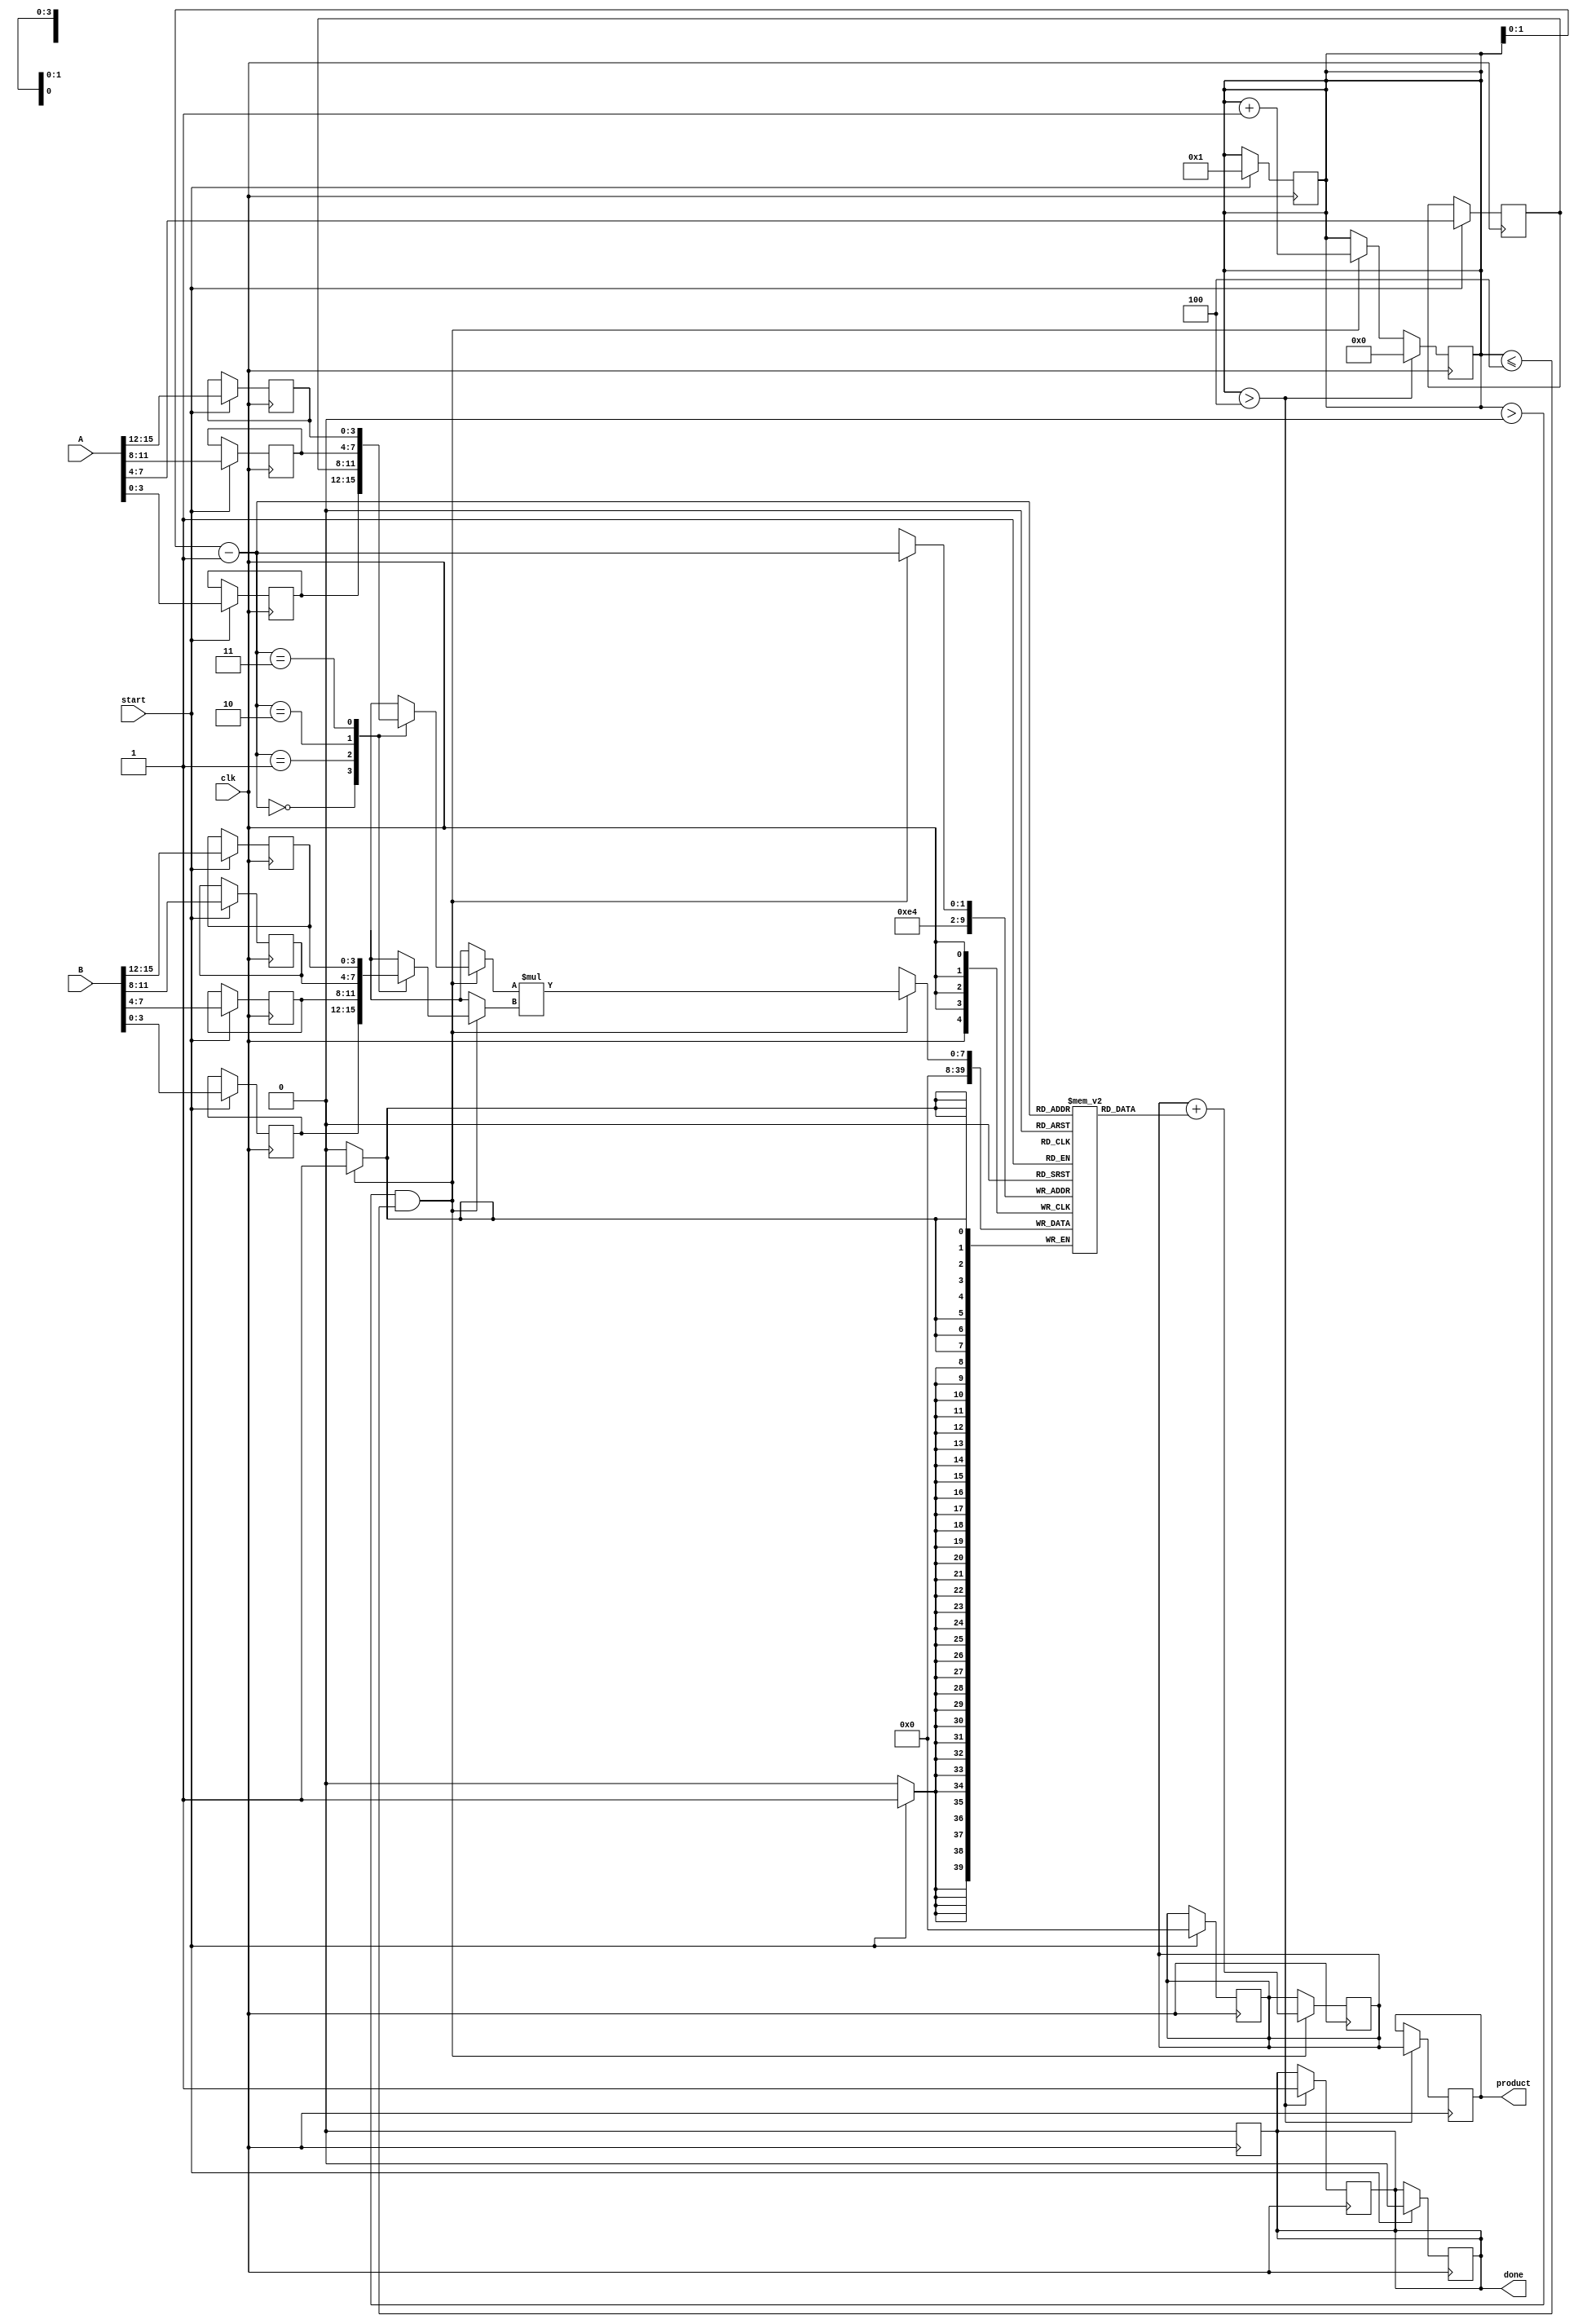
module pipelined_sliced_multiplier #(
    parameter DATA_WIDTH = 16,    // Total data width
    parameter SLICE_WIDTH = 4,     // Width of each slice
    parameter NUM_SLICES = DATA_WIDTH / SLICE_WIDTH // Number of slices
)(
    input  wire [DATA_WIDTH-1:0] A, // Operand A
    input  wire [DATA_WIDTH-1:0] B, // Operand B
    input  wire clk,                 // Clock signal
    input  wire start,               // Start signal
    output reg [2*DATA_WIDTH-1:0] product, // Output product
    output reg done                  // Done signal
);

    // Internal signals
    reg [SLICE_WIDTH-1:0] A_slices[NUM_SLICES-1:0];
    reg [SLICE_WIDTH-1:0] B_slices[NUM_SLICES-1:0];
    reg [2*SLICE_WIDTH-1:0] partial_products[NUM_SLICES-1:0];
    reg [2*DATA_WIDTH-1:0] accumulated_product;
    integer i;

    // State Machine for pipeline control
    reg [NUM_SLICES-1:0] state; // For managing slices
    reg [NUM_SLICES-1:0] slice_done; // To track completed slices

    // Slicing input operands
    always @(posedge clk) begin
        if (start) begin
            for (i = 0; i < NUM_SLICES; i = i + 1) begin
                A_slices[i] <= A[(i+1)*SLICE_WIDTH-1:i*SLICE_WIDTH];
                B_slices[i] <= B[(i+1)*SLICE_WIDTH-1:i*SLICE_WIDTH];
                partial_products[i] <= 0;
            end
            accumulated_product <= 0;
            state <= 1;
            slice_done <= 0;
            done <= 0;
        end
    end

    // Generating partial products and accumulating them
    always @(posedge clk) begin
        if (state > 0 && state <= NUM_SLICES) begin
            partial_products[state-1] <= A_slices[state-1] * B_slices[state-1];
            accumulated_product <= accumulated_product + partial_products[state-1];
            slice_done[state-1] <= 1; // Mark this slice as done
            state <= state + 1; // Move to next slice
        end
        
        if (state > NUM_SLICES) begin
            product <= accumulated_product; // Output the final product
            done <= 1; // Set done signal
            state <= 0; // Reset state
        end
    end

    // Resetting done signal
    always @(posedge clk) begin
        if (done) begin
            done <= 0; // Reset done after one cycle
        end
    end

endmodule